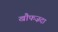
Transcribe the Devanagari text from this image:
खौफज़दा